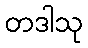
တဒါသု